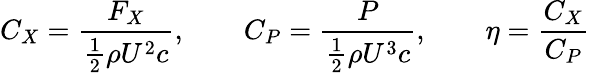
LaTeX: C_{X}=\frac{F_{X}}{\frac{1}{2}\rho U^{2}c},\qquad C_{P}=\frac{P}{\frac{1}{2}\rho U^{3}c},\qquad\eta=\frac{C_{X}}{C_{P}}